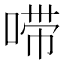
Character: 𫪺